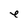
Character: e